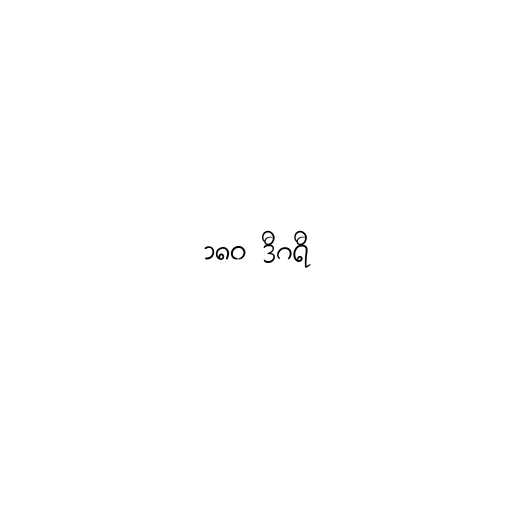
၁၈၀ ဒီဂရီ